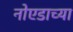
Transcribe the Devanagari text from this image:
नोएडाच्या